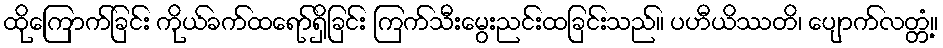
ထိုကြောက်ခြင်း ကိုယ်ခက်ထရော်ရှိခြင်း ကြက်သီးမွေးညင်းထခြင်းသည်။ ပဟီယိဿတိ၊ ပျောက်လတ္တံ့။